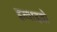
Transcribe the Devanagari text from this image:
इन्वाइवो